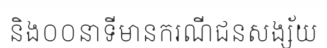
និង០០នាទីមានករណីជនសង្ស័យ